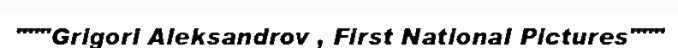
"""Grigori Aleksandrov , First National Pictures"""